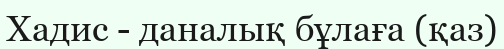
Хадис - даналық бұлаға (қаз)